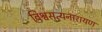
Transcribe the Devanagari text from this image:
विश्वसत्यनारायण